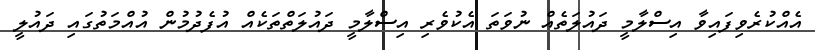
އެއްކުރެވިފައިވާ އިސްލާމީ ދައުލަތެއް ނުވަތަ އެކުވެރި އިސްލާމީ ދައުލަތްތަކެއް އުފެދުމުން އުއްމަތުގައި ދައުލީ